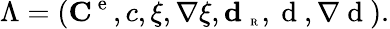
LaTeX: \Lambda=({\mathbf C}^{\mathrm{~e~}},c,\xi,\nabla\xi,\textbf{d}_{\mathrm{~\tiny~R~}},\mathrm{~d~},\nabla\mathrm{~d~}).